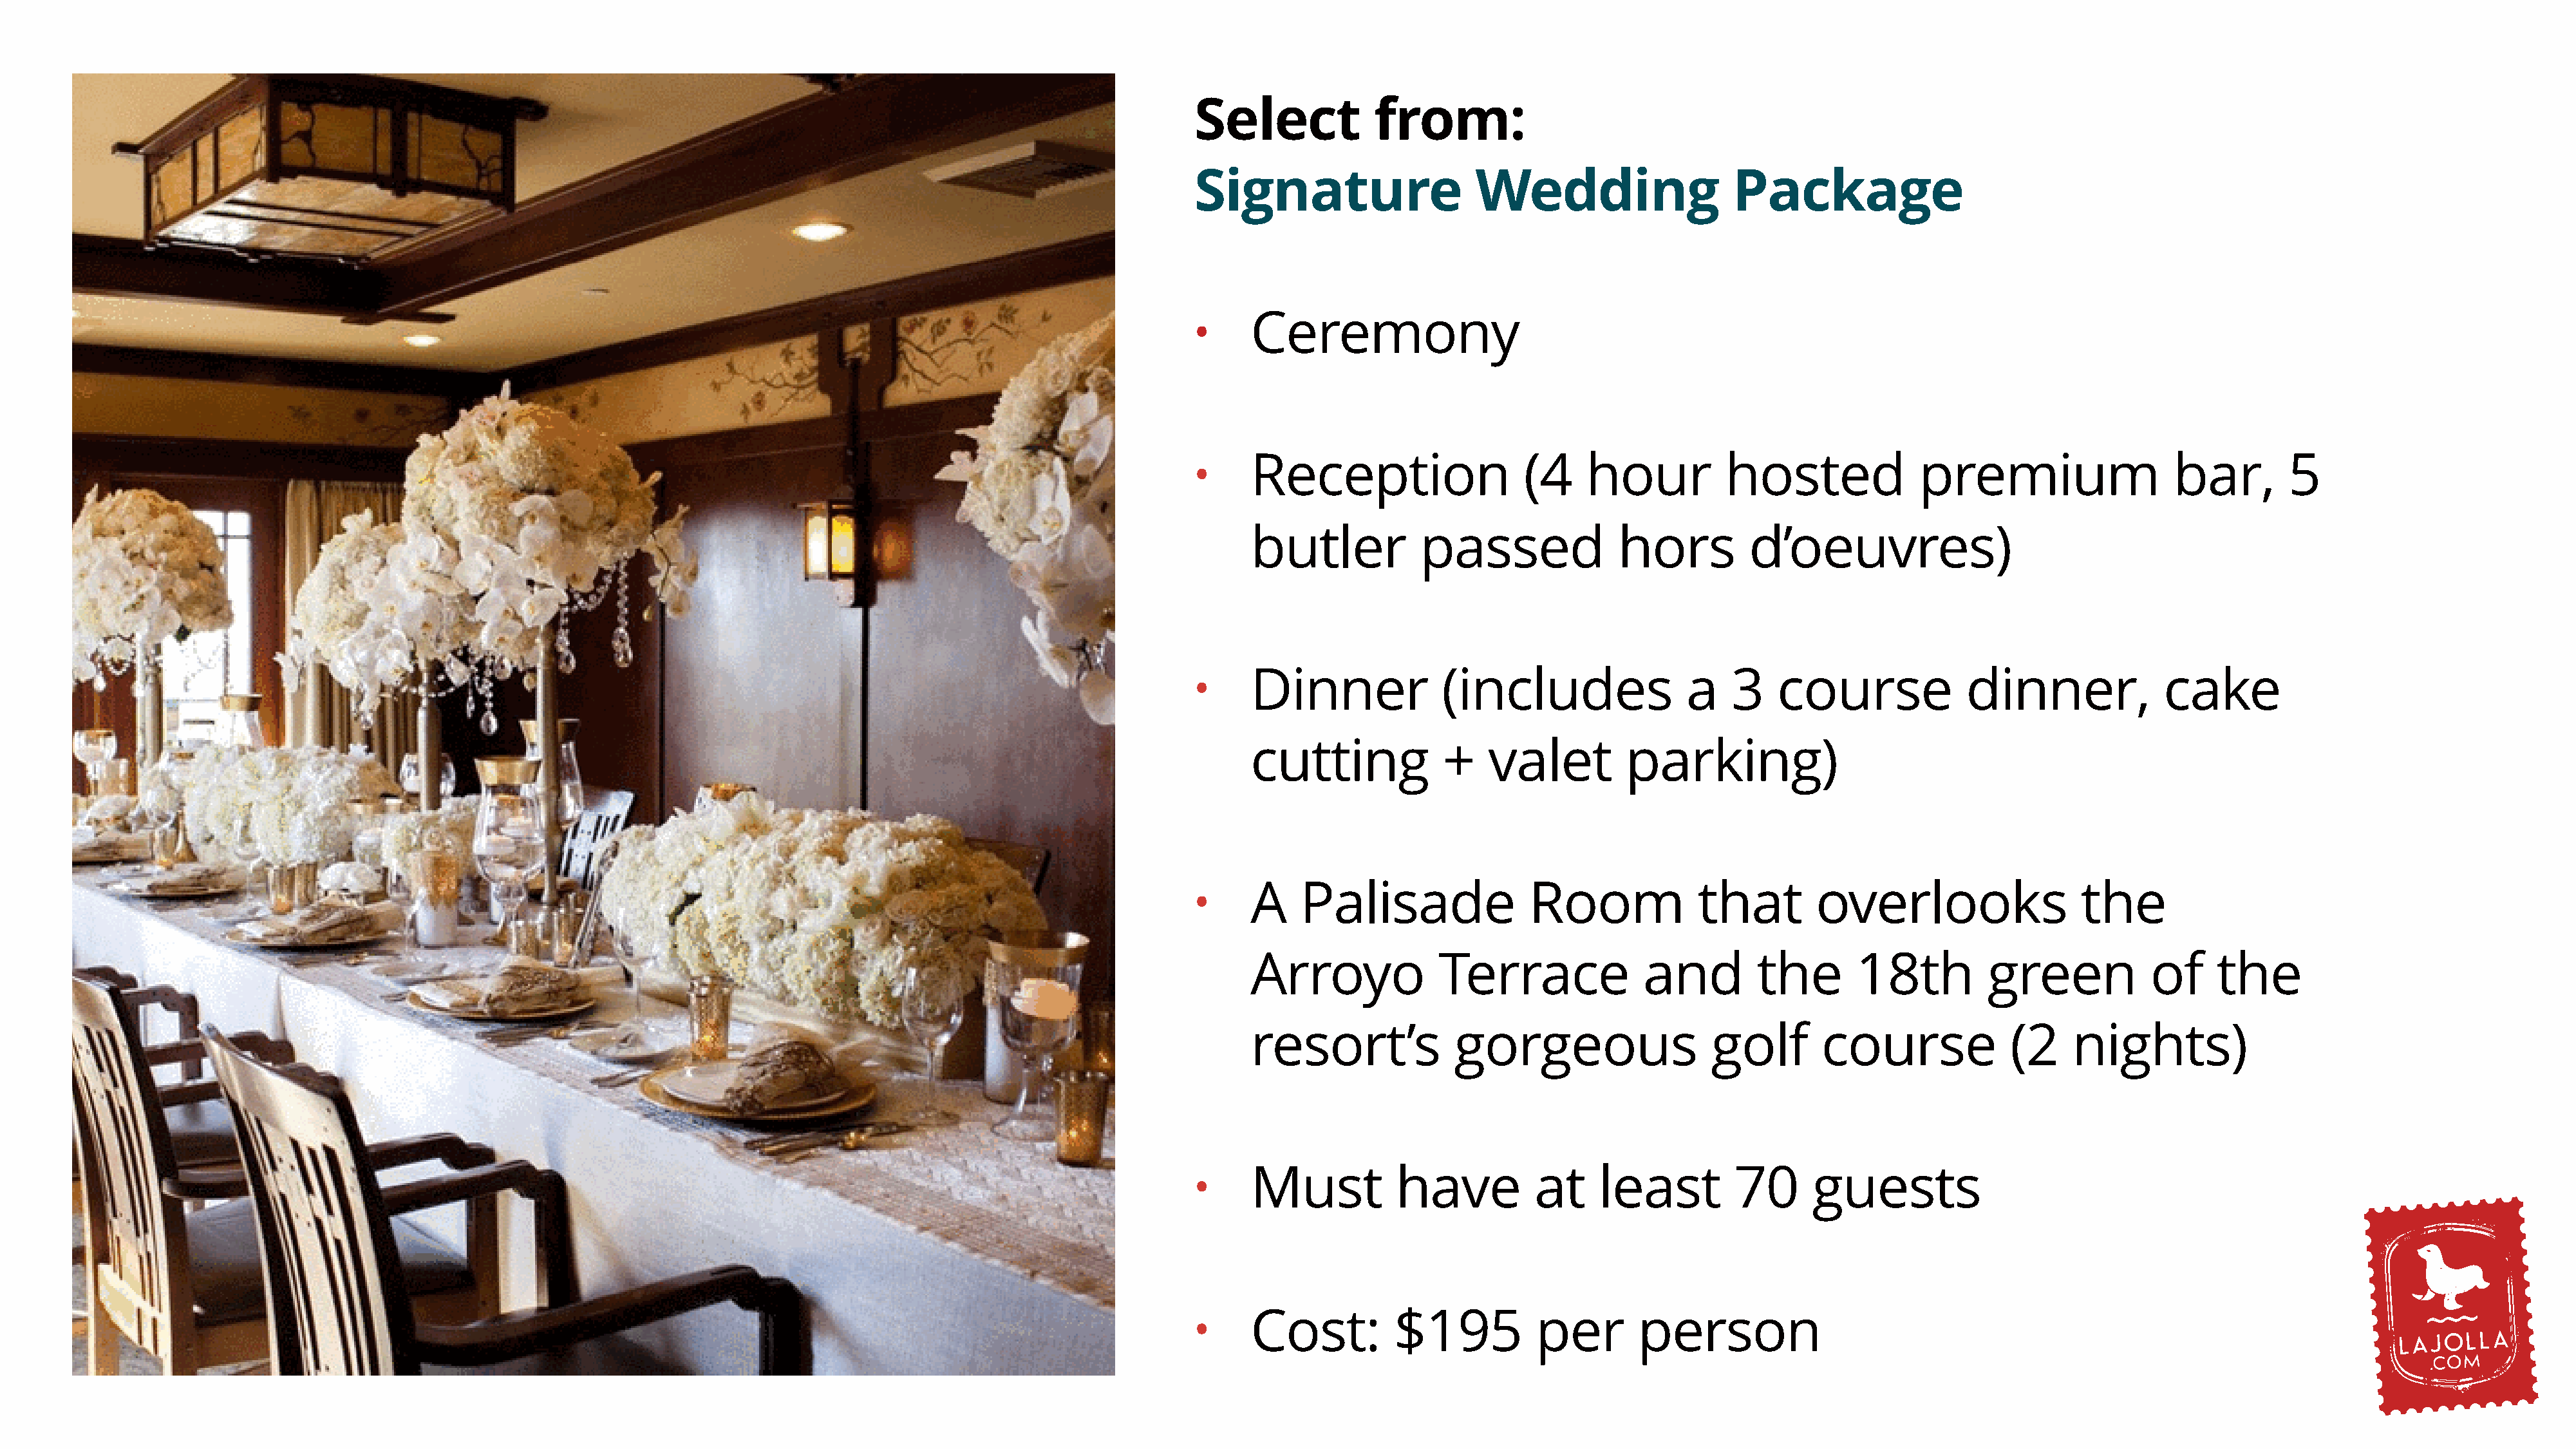
Select            from:
 Signature                    Wedding                   Package
 Ceremony
 •
 Reception                   (4    hour          hosted              premium                   bar,        5
 •
 butler           passed              hors          d’oeuvres)
 Dinner             (includes                a    3    course             dinner,             cake
 •
 cutting            +    valet         parking)
 A    Palisade               Room              that        overlooks                  the
 •
 Arroyo             Terrace              and         the       18th         green            of     the
 resort’s            gorgeous                   golf       course              (2    nights)
 Must          have           at    least         70      guests
 •
 •     Cost:         $195           per       person